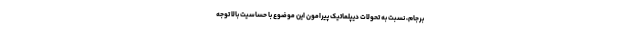
برجام، نسبت به تحولات دیپلماتیک پیرامون این موضوع با حساسیت بالا توجه